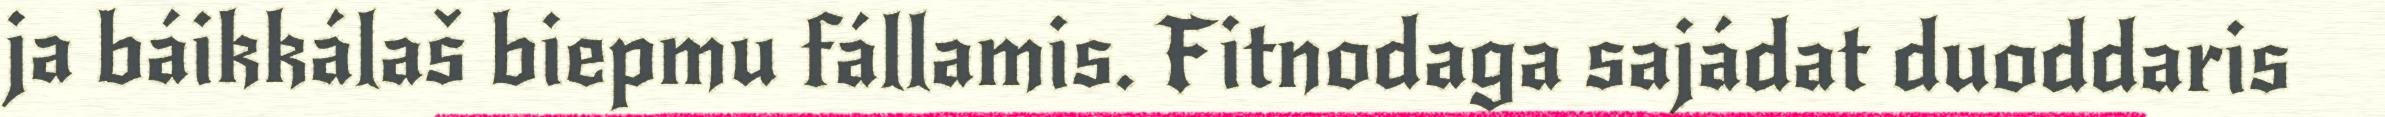
ja báikkálaš biepmu fállamis. Fitnodaga sajádat duoddaris